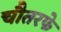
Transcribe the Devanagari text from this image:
चौतरफे